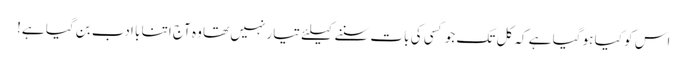
اس کو کیا ہو گیا ہے کہ کل تک جو کسی کی بات سننے کیلئے تیار نہیں تھا وہ آج اتنا با ادب بن گیا ہے!